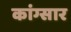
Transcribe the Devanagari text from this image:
कांग्सार